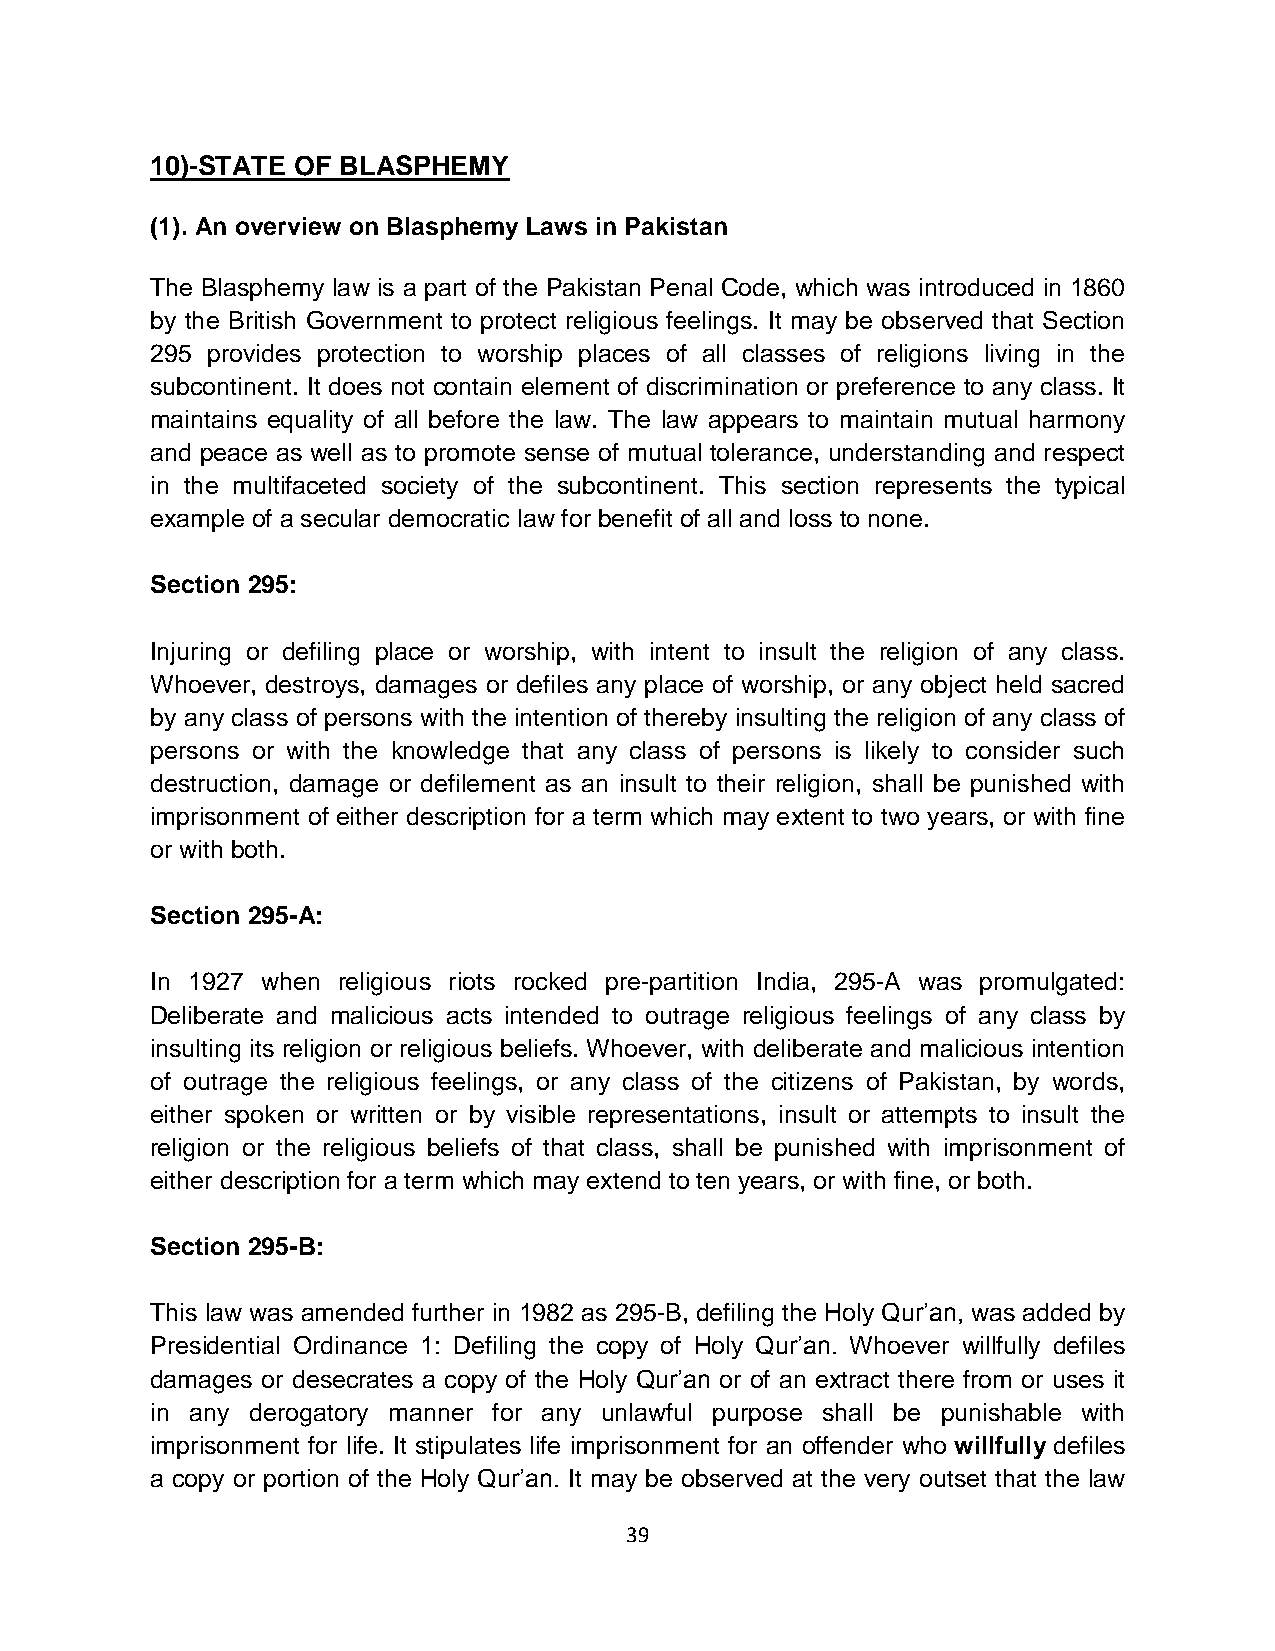
10)-STATE OF BLASPHEMY
 (1). An overview on Blasphemy Laws in Pakistan
 The Blasphemy law is a part of the Pakistan Penal Code, which was introduced in 1860
 by the British Government to protect religious feelings. It may be observed that Section
 295 provides protection to worship places of all classes of religions living in the
 subcontinent. It does not contain element of discrimination or preference to any class. It
 maintains equality of all before the law. The law appears to maintain mutual harmony
 and peace as well as to promote sense of mutual tolerance, understanding and respect
 in the multifaceted society of the subcontinent. This section represents the typical
 example of a secular democratic law for benefit of all and loss to none.
 Section 295:
 Injuring or defiling place or worship, with intent to insult the religion of any class.
 Whoever, destroys, damages or defiles any place of worship, or any object held sacred
 by any class of persons with the intention of thereby insulting the religion of any class of
 persons or with the knowledge that any class of persons is likely to consider such
 destruction, damage or defilement as an insult to their religion, shall be punished with
 imprisonment of either description for a term which may extent to two years, or with fine
 or with both.
 Section 295-A:
 In 1927 when religious riots rocked pre-partition India, 295-A was promulgated:
 Deliberate and malicious acts intended to outrage religious feelings of any class by
 insulting its religion or religious beliefs. Whoever, with deliberate and malicious intention
 of outrage the religious feelings, or any class of the citizens of Pakistan, by words,
 either spoken or written or by visible representations, insult or attempts to insult the
 religion or the religious beliefs of that class, shall be punished with imprisonment of
 either description for a term which may extend to ten years, or with fine, or both.
 Section 295-B:
 This law was amended further in 1982 as 295-B, defiling the Holy Qur’an, was added by
 Presidential Ordinance 1: Defiling the copy of Holy Qur’an. Whoever willfully defiles
 damages or desecrates a copy of the Holy Qur’an or of an extract there from or uses it
 in any derogatory manner for any unlawful purpose shall be punishable with
 imprisonment for life. It stipulates life imprisonment for an offender who willfully defiles
 a copy or portion of the Holy Qur’an. It may be observed at the very outset that the law
 39